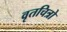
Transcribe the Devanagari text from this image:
वृतचित्रो